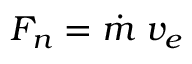
F _ { n } = { \dot { m } } \; v _ { e }